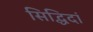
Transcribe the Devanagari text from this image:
सिद्धिदां